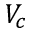
V _ { c }